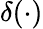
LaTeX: \delta(\cdot)